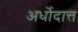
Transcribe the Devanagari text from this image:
अर्धोदात्त